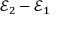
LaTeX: { \mathcal { E } } _ { 2 } - { \mathcal { E } } _ { 1 }